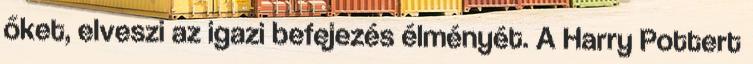
őket, elveszi az igazi befejezés élményét. A Harry Pottert